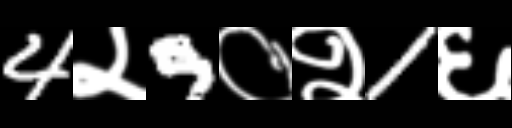
Text: 4२9०२1६